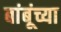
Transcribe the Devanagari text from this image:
बांबूंच्या